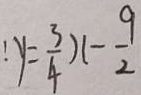
y = \frac { 3 } { 4 } ) ( - \frac { 9 } { 2 }